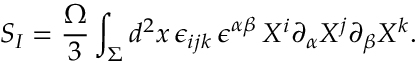
S _ { I } = { \frac { \Omega } { 3 } } \int _ { \Sigma } d ^ { 2 } x \, \epsilon _ { i j k } \, \epsilon ^ { \alpha \beta } \, X ^ { i } \partial _ { \alpha } X ^ { j } \partial _ { \beta } X ^ { k } .